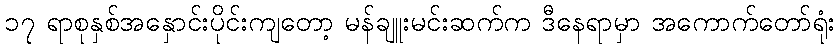
၁၇ ရာစုနှစ်အနှောင်းပိုင်းကျတော့ မန်ချူးမင်းဆက်က ဒီနေရာမှာ အကောက်တော်ရုံး